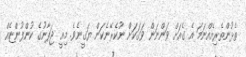
ތެޅުންތެރިއެއްނަމަ އެ ގެއަށް ވަންނަން ވަގަކަށް ނުކެރޭނެކަން ޔަގީނެވެ. މިއީ ޖަޕާނުގެ ކުންފުންޏެއް